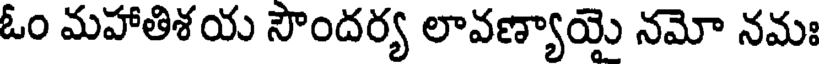
ఓం మహాతిశయ సౌందర్య లావణ్యాయై నమో నమః